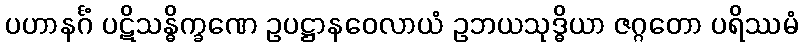
ပဟာနင်္ဂံ ပဋိသန္ဓိက္ခဏေ ဥပဋ္ဌာနဝေလာယံ ဥဘယသုဒ္ဓိယာ ဇဂ္ဂတော ပရိဿမံ